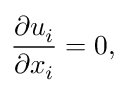
\frac { \partial u _ { i } } { \partial x _ { i } } = 0 ,